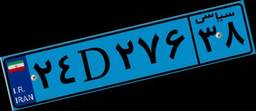
۸۸D۷۴۵۲۳